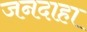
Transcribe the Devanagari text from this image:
जनदाहा